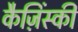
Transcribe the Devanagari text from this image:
कैज़िंस्की